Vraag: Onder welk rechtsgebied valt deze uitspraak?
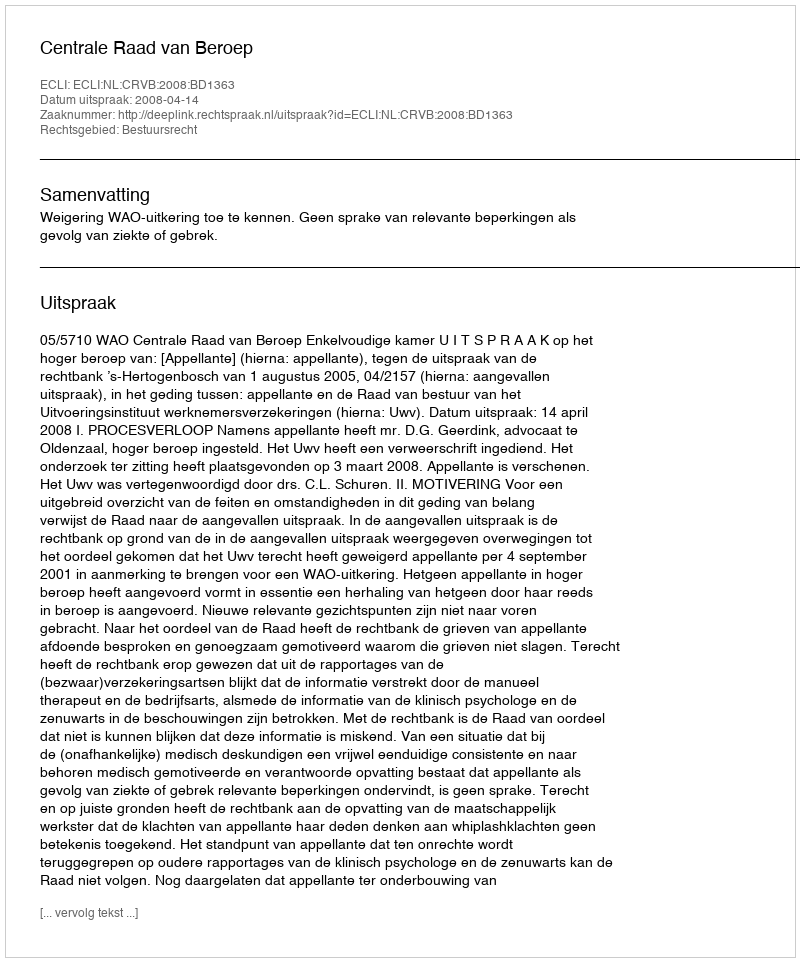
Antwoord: Bestuursrecht